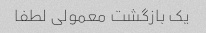
یک بازگشت معمولی لطفا